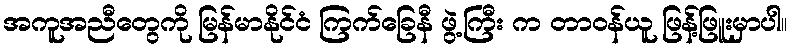
အကူအညီတွေကို မြန်မာနိုင်ငံ ကြက်ခြေနီ ဖွဲ့ကြီး က တာဝန်ယူ ဖြန့်ဖြူးမှာပါ။